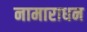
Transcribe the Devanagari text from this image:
नामाराधन